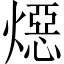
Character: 𪹪